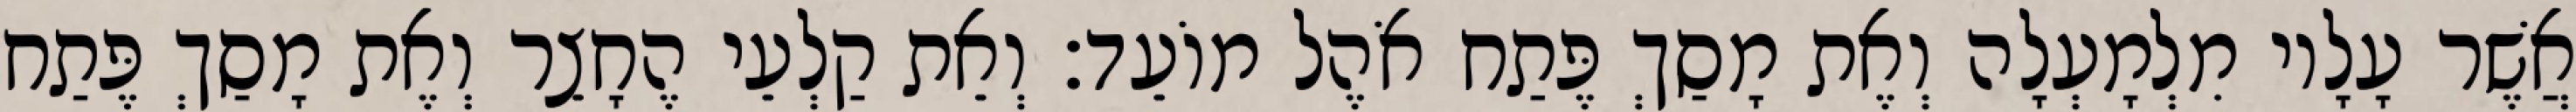
אֲשֶׁר עָלָיו מִלְמָעְלָה וְאֶת מָסַךְ פֶּתַח אֹהֶל מוֹעֵד׃ וְאֵת קַלְעֵי הֶחָצֵר וְאֶת מָסַךְ פֶּתַח